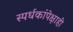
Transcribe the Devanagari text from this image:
स्पर्धकांपेक्षाही